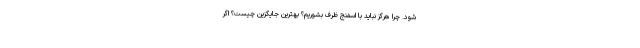
شود. چرا هرگز نباید با اسفنج ظرف بشوریم؟ بهترین جایگزین چیست؟ اگر